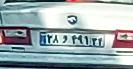
۲۸و۴۹۱۲۴